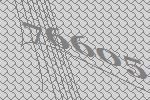
76605